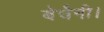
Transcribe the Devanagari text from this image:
बेचैनी।